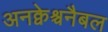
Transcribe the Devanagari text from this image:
अनक्वेश्चनैबल